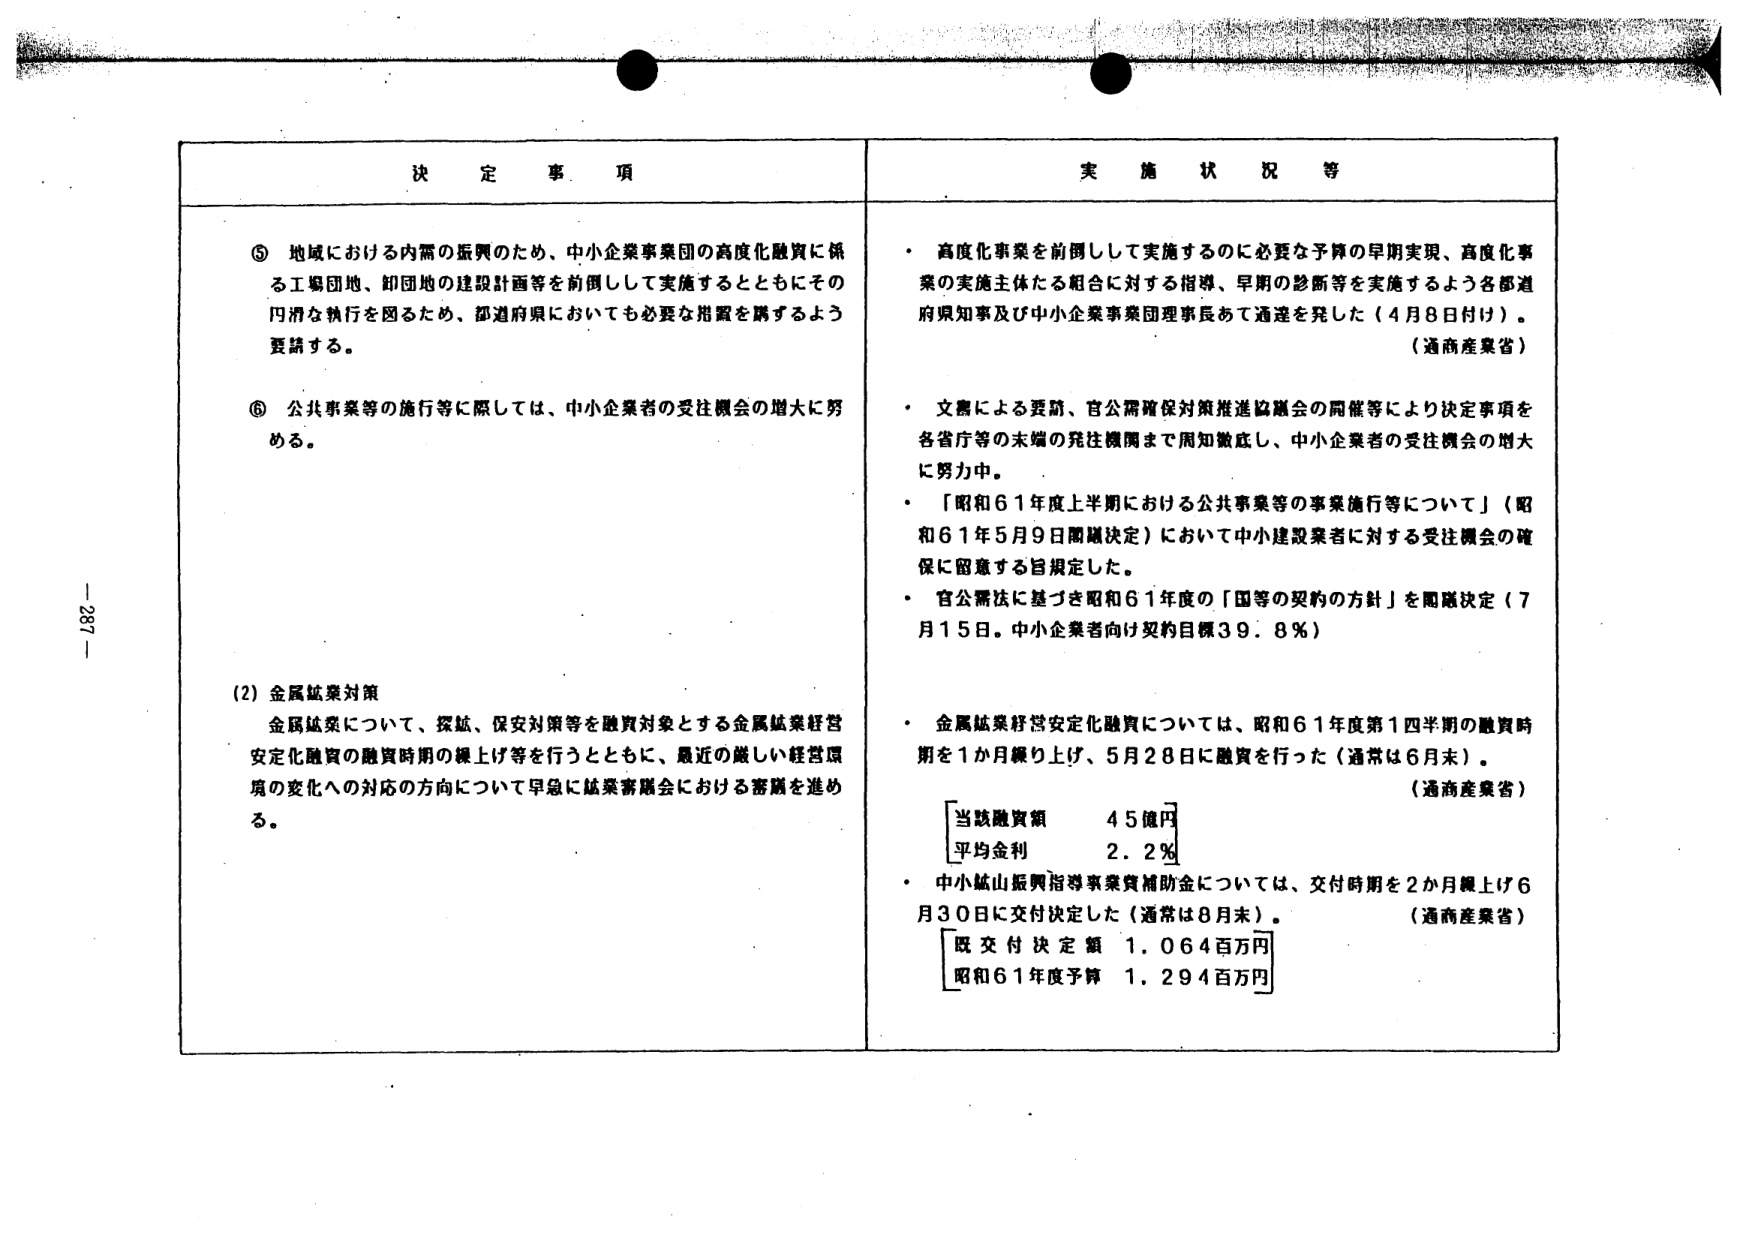
決定事項

⑤ 地域における内需の振興のため、中小企業事業団の高度化融資に係る工場団地、卸団地の建設計画等を前倒しして実施するとともにその円滑な執行を図るため、都道府県においても必要な措置を講ずるよう要請する。

⑥ 公共事業等の施行等に際しては、中小企業者の受注機会の増大に努める。

(2) 金属鉱業対策
金属鉱業について、探鉱、保安対策等を融資対象とする金属鉱業経営安定化融資の融資時期の繰上げ等を行うとともに、最近の厳しい経営環境の変化への対応の方向について早急に鉱業審議会における審議を進める。

実施状況等

・ 高度化事業を前倒しして実施するのに必要な予算の早期実現、高度化事業の実施主体たる組合に対する指導、早期の診断等を実施するよう各都道府県知事及び中小企業事業団理事長あて通達を発した（4月8日付け）。
（通商産業省）

・ 文書による要請、官公需確保対策推進協議会の開催等により決定事項を各省庁等の末端の発注機関まで周知徹底し、中小企業者の受注機会の増大に努力中。

・ 「昭和61年度上半期における公共事業等の事業施行等について」（昭和61年5月9日閣議決定）において中小建設業者に対する受注機会の確保に留意する旨規定した。

・ 官公需法に基づき昭和61年度の「国等の契約の方針」を閣議決定（7月15日。中小企業者向け契約目標39.8％）

・ 金属鉱業経営安定化融資については、昭和61年度第1四半期の融資時期を1か月繰り上げ、5月28日に融資を行った（通常は6月末）。
（通商産業省）
　　当該融資額　45億円
　　平均金利　　2.2％

・ 中小鉱山振興指導事業費補助金については、交付時期を2か月繰上げ6月30日に交付決定した（通常は8月末）。
（通商産業省）
　　既交付決定額　1,064百万円
　　昭和61年度予算　1,294百万円

-287-